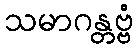
သမာဂန္တဗ္ဗံ